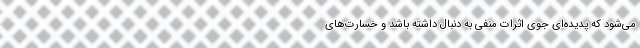
می‌شود که پدیده‌ای جوی اثرات منفی به دنبال داشته باشد و خسارت‌های